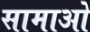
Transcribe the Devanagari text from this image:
सामाओ